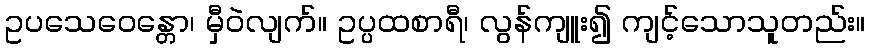
ဥပသေဝေန္တော၊ မှီဝဲလျက်။ ဥပ္ပထစာရီ၊ လွန်ကျူး၍ ကျင့်သောသူတည်း။